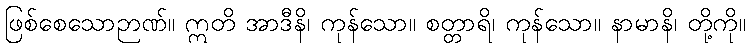
ဖြစ်စေသောဉာဏ်။ ဣတိ အာဒီနိ၊ ကုန်သော။ စတ္တာရိ၊ ကုန်သော။ နာမာနိ၊ တို့ကို။